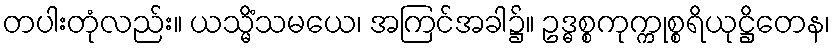
တပါးတုံလည်း။ ယသ္မိံသမယေ၊ အကြင်အခါ၌။ ဥဒ္ဓစ္စကုက္ကုစ္စရိယုဋ္ဌိတေန၊